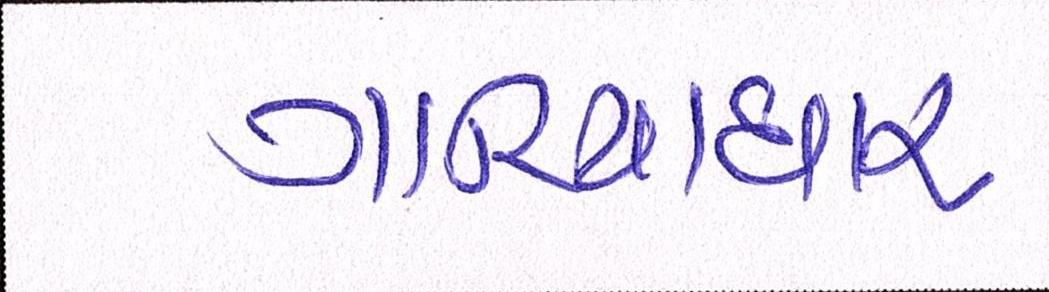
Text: ગારિયાધાર